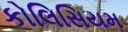
કોલિસિયમ